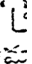
L